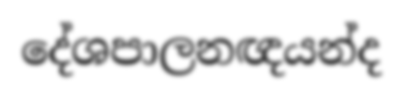
දේශපාලනඥයන්ද